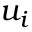
u _ { i }